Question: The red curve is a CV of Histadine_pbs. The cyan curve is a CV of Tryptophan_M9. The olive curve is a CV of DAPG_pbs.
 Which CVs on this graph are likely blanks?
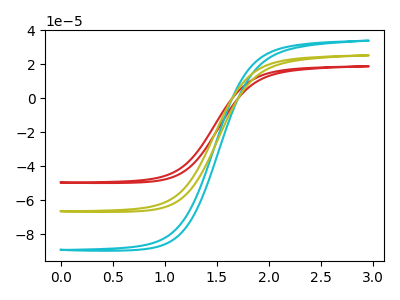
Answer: <think>The red curve "Histadine_pbs" has no peaks. The cyan curve "Tryptophan_M9" has no peaks. The olive curve "DAPG_pbs" has no peaks.</think>
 <answer>"Histadine_pbs", "Tryptophan_M9" and "DAPG_pbs" are likely to be blanks.</answer>
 <eval>"Histadine_pbs", "Tryptophan_M9", "DAPG_pbs"</eval>